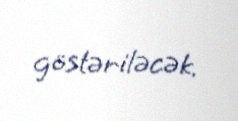
göstəriləcək.